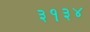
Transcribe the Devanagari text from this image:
३१३४